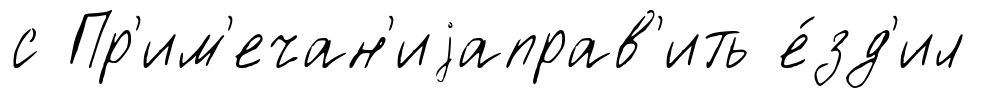
с Пр'им'ечан'иjаправ'ить е́зд'ил